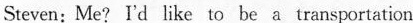
Steven: Me? I'd like to be a transportation